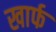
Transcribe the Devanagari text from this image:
खार्फ